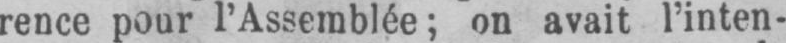
rence pour l’Assemblée; on avait l’inten-